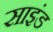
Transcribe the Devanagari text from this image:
साइंड